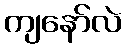
ကျနော်လဲ